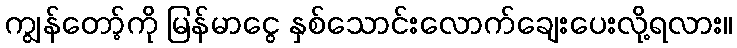
ကျွန်တော့်ကို မြန်မာငွေ နှစ်သောင်းလောက်ချေးပေးလို့ရလား။